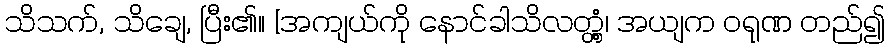
သိသက်, သိချေ, ပြီး၏။ [အကျယ်ကို နောင်ခါသိလတ္တံ့၊ အယျက ဝရုဏ တည်၍